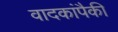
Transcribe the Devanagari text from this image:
वादकांपैकी